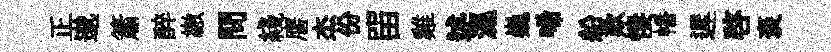
正邈簫醉繳問綫譍杰份㽞雞述濕巍唏船歎悽幡遲啓褒